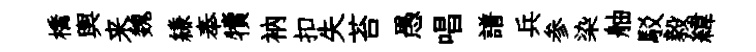
橋輿来魏縑奉犢衲扣失苔愚唱譜兵参染舳駁毅緯